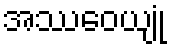
အဿဝေယျုံ